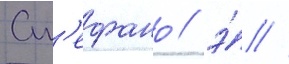
Ст'ефано / э́ //